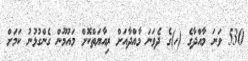
530 ވަނަ މާއްދާގެ (ހ)ގެ ދެވަނަ މާއްދާއަށް ރިއާޔަތްކޮށް މައުމޫން ގެންގުޅުނު ކަމަށް